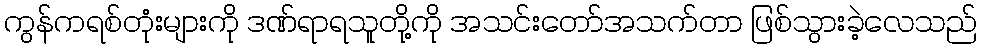
ကွန်ကရစ်တုံးများကို ဒဏ်ရာရသူတို့ကို အသင်းတော်အသက်တာ ဖြစ်သွားခဲ့လေသည်